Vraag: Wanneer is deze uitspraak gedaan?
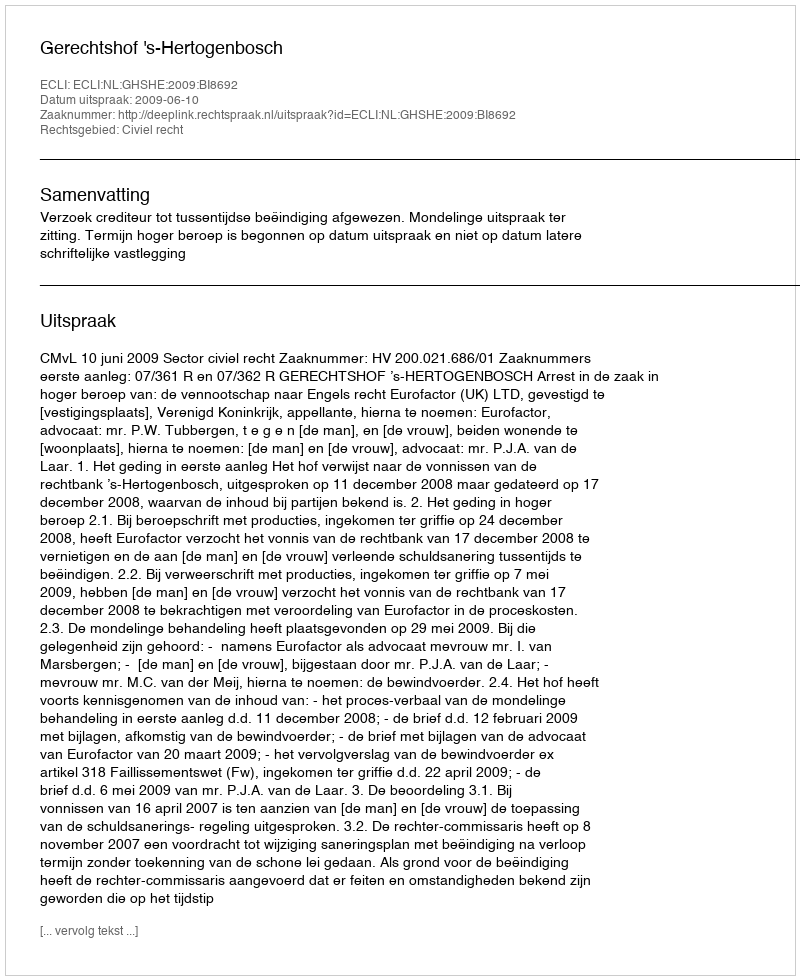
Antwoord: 2009-06-10